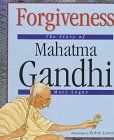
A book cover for Forgiveness: The Story of Mahatma Gandhi (Value Biographies); Mary Logue; Religion & Spirituality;